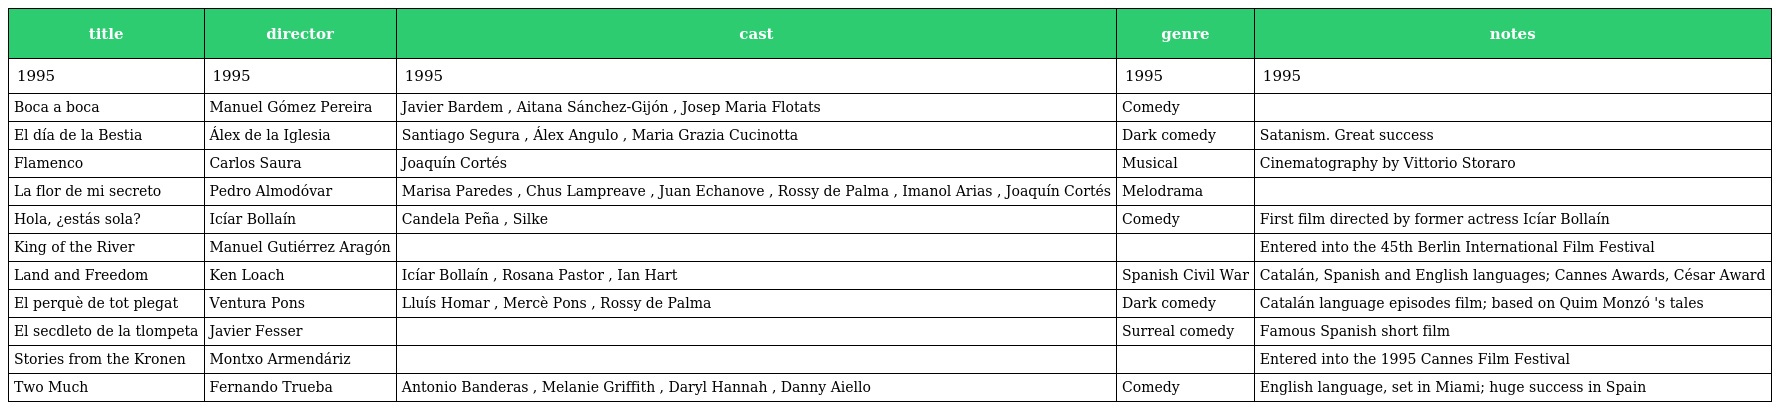
| title | director | cast | genre | notes |
 | --- | --- | --- | --- | --- |
 | 1995 | 1995 | 1995 | 1995 | 1995 |
 | Boca a boca | Manuel Gómez Pereira | Javier Bardem , Aitana Sánchez-Gijón , Josep Maria Flotats | Comedy |  |
 | El día de la Bestia | Álex de la Iglesia | Santiago Segura , Álex Angulo , Maria Grazia Cucinotta | Dark comedy | Satanism. Great success |
 | Flamenco | Carlos Saura | Joaquín Cortés | Musical | Cinematography by Vittorio Storaro |
 | La flor de mi secreto | Pedro Almodóvar | Marisa Paredes , Chus Lampreave , Juan Echanove , Rossy de Palma , Imanol Arias , Joaquín Cortés | Melodrama |  |
 | Hola, ¿estás sola? | Icíar Bollaín | Candela Peña , Silke | Comedy | First film directed by former actress Icíar Bollaín |
 | King of the River | Manuel Gutiérrez Aragón |  |  | Entered into the 45th Berlin International Film Festival |
 | Land and Freedom | Ken Loach | Icíar Bollaín , Rosana Pastor , Ian Hart | Spanish Civil War | Catalán, Spanish and English languages; Cannes Awards, César Award |
 | El perquè de tot plegat | Ventura Pons | Lluís Homar , Mercè Pons , Rossy de Palma | Dark comedy | Catalán language episodes film; based on Quim Monzó 's tales |
 | El secdleto de la tlompeta | Javier Fesser |  | Surreal comedy | Famous Spanish short film |
 | Stories from the Kronen | Montxo Armendáriz |  |  | Entered into the 1995 Cannes Film Festival |
 | Two Much | Fernando Trueba | Antonio Banderas , Melanie Griffith , Daryl Hannah , Danny Aiello | Comedy | English language, set in Miami; huge success in Spain |